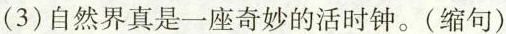
(3)自然界真是一座奇妙的活时钟。(缩句)